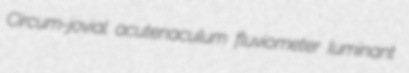
Circum-jovial acutenaculum fluviometer luminant